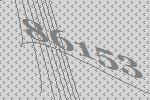
86153